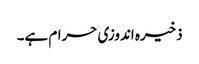
ذخیرہ اندوزی حرام ہے۔